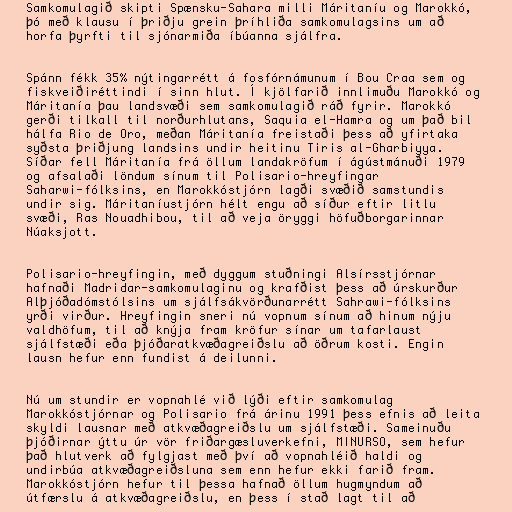
Samkomulagið skipti Spænsku-Sahara milli Máritaníu og Marokkó,
þó með klausu í þriðju grein þríhliða samkomulagsins um að
horfa þyrfti til sjónarmiða íbúanna sjálfra.

Spánn fékk 35% nýtingarrétt á fosfórnámunum í Bou Craa sem og
fiskveiðiréttindi í sinn hlut. Í kjölfarið innlimuðu Marokkó og
Máritanía þau landsvæði sem samkomulagið ráð fyrir. Marokkó
gerði tilkall til norðurhlutans, Saquia el-Hamra og um það bil
hálfa Rio de Oro, meðan Máritanía freistaði þess að yfirtaka
syðsta þriðjung landsins undir heitinu Tiris al-Gharbiyya.
Síðar fell Máritanía frá öllum landakröfum í ágústmánuði 1979
og afsalaði löndum sínum til Polisario-hreyfingar
Saharwi-fólksins, en Marokkóstjórn lagði svæðið samstundis
undir sig. Máritaníustjórn hélt engu að síður eftir litlu
svæði, Ras Nouadhibou, til að veja öryggi höfuðborgarinnar
Núaksjott.

Polisario-hreyfingin, með dyggum stuðningi Alsírsstjórnar
hafnaði Madridar-samkomulaginu og krafðist þess að úrskurður
Alþjóðadómstólsins um sjálfsákvörðunarrétt Sahrawi-fólksins
yrði virður. Hreyfingin sneri nú vopnum sínum að hinum nýju
valdhöfum, til að knýja fram kröfur sínar um tafarlaust
sjálfstæði eða þjóðaratkvæðagreiðslu að öðrum kosti. Engin
lausn hefur enn fundist á deilunni.

Nú um stundir er vopnahlé við lýði eftir samkomulag
Marokkóstjórnar og Polisario frá árinu 1991 þess efnis að leita
skyldi lausnar með atkvæðagreiðslu um sjálfstæði. Sameinuðu
þjóðirnar ýttu úr vör friðargæsluverkefni, MINURSO, sem hefur
það hlutverk að fylgjast með því að vopnahléið haldi og
undirbúa atkvæðagreiðsluna sem enn hefur ekki farið fram.
Marokkóstjórn hefur til þessa hafnað öllum hugmyndum að
útfærslu á atkvæðagreiðslu, en þess í stað lagt til að